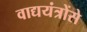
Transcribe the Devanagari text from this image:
वाद्ययंत्रोंसे